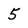
Character: 5